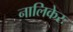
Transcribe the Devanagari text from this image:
नालिकेरः